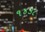
૧૪૩૮